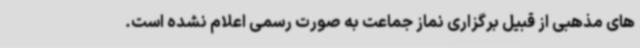
های مذهبی از قبیل برگزاری نماز جماعت به صورت رسمی اعلام نشده است.